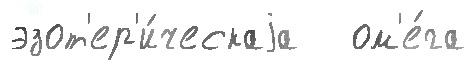
эзот'ер'и́ческаjа   ом'е́га